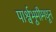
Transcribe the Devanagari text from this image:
पार्श्वभूमीमधून